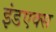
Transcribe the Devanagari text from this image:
इंडएक्स